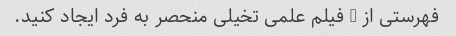
فهرستی از 8 فیلم علمی تخیلی منحصر به فرد ایجاد کنید.